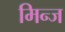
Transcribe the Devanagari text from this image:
मिन्ज